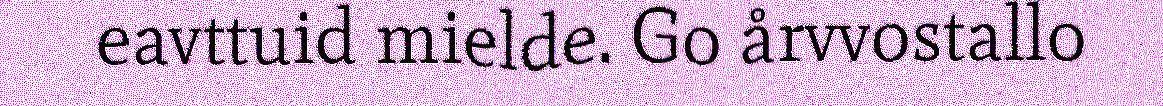
eavttuid mielde. Go årvvostallo